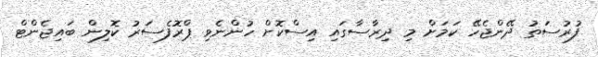
ފުރުސަތު ދޭންޖެހޭ ކަމަށް މި ދިރާސާގައި އިސްކޮށް ހުންނެވި ޕްރޮފެސަރު ކޮލިން ބައިޖެންޓް